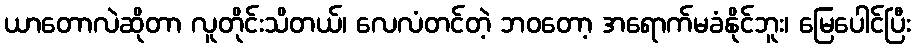
ယာတောလဲဆိုတာ လူတိုင်းသိတယ်၊ လေလံတင်တဲ့ ဘဝတော့ အရောက်မခံနိုင်ဘူး၊ မြေပေါင်ပြီး